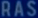
RAS